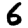
Digit: 6